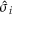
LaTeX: { \hat { \sigma } } _ { i }